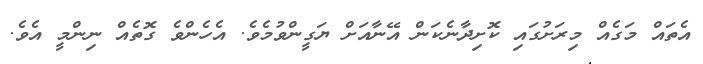
އެތައް މަގެއް މިރަށުގައި ކޮށިދާނެކަން އޭނާއަށް ޔަގީންވުމެވެ. އެހެންވެ ގޮތެއް ނިންމީ އެވެ.